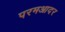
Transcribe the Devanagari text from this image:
परमआदर